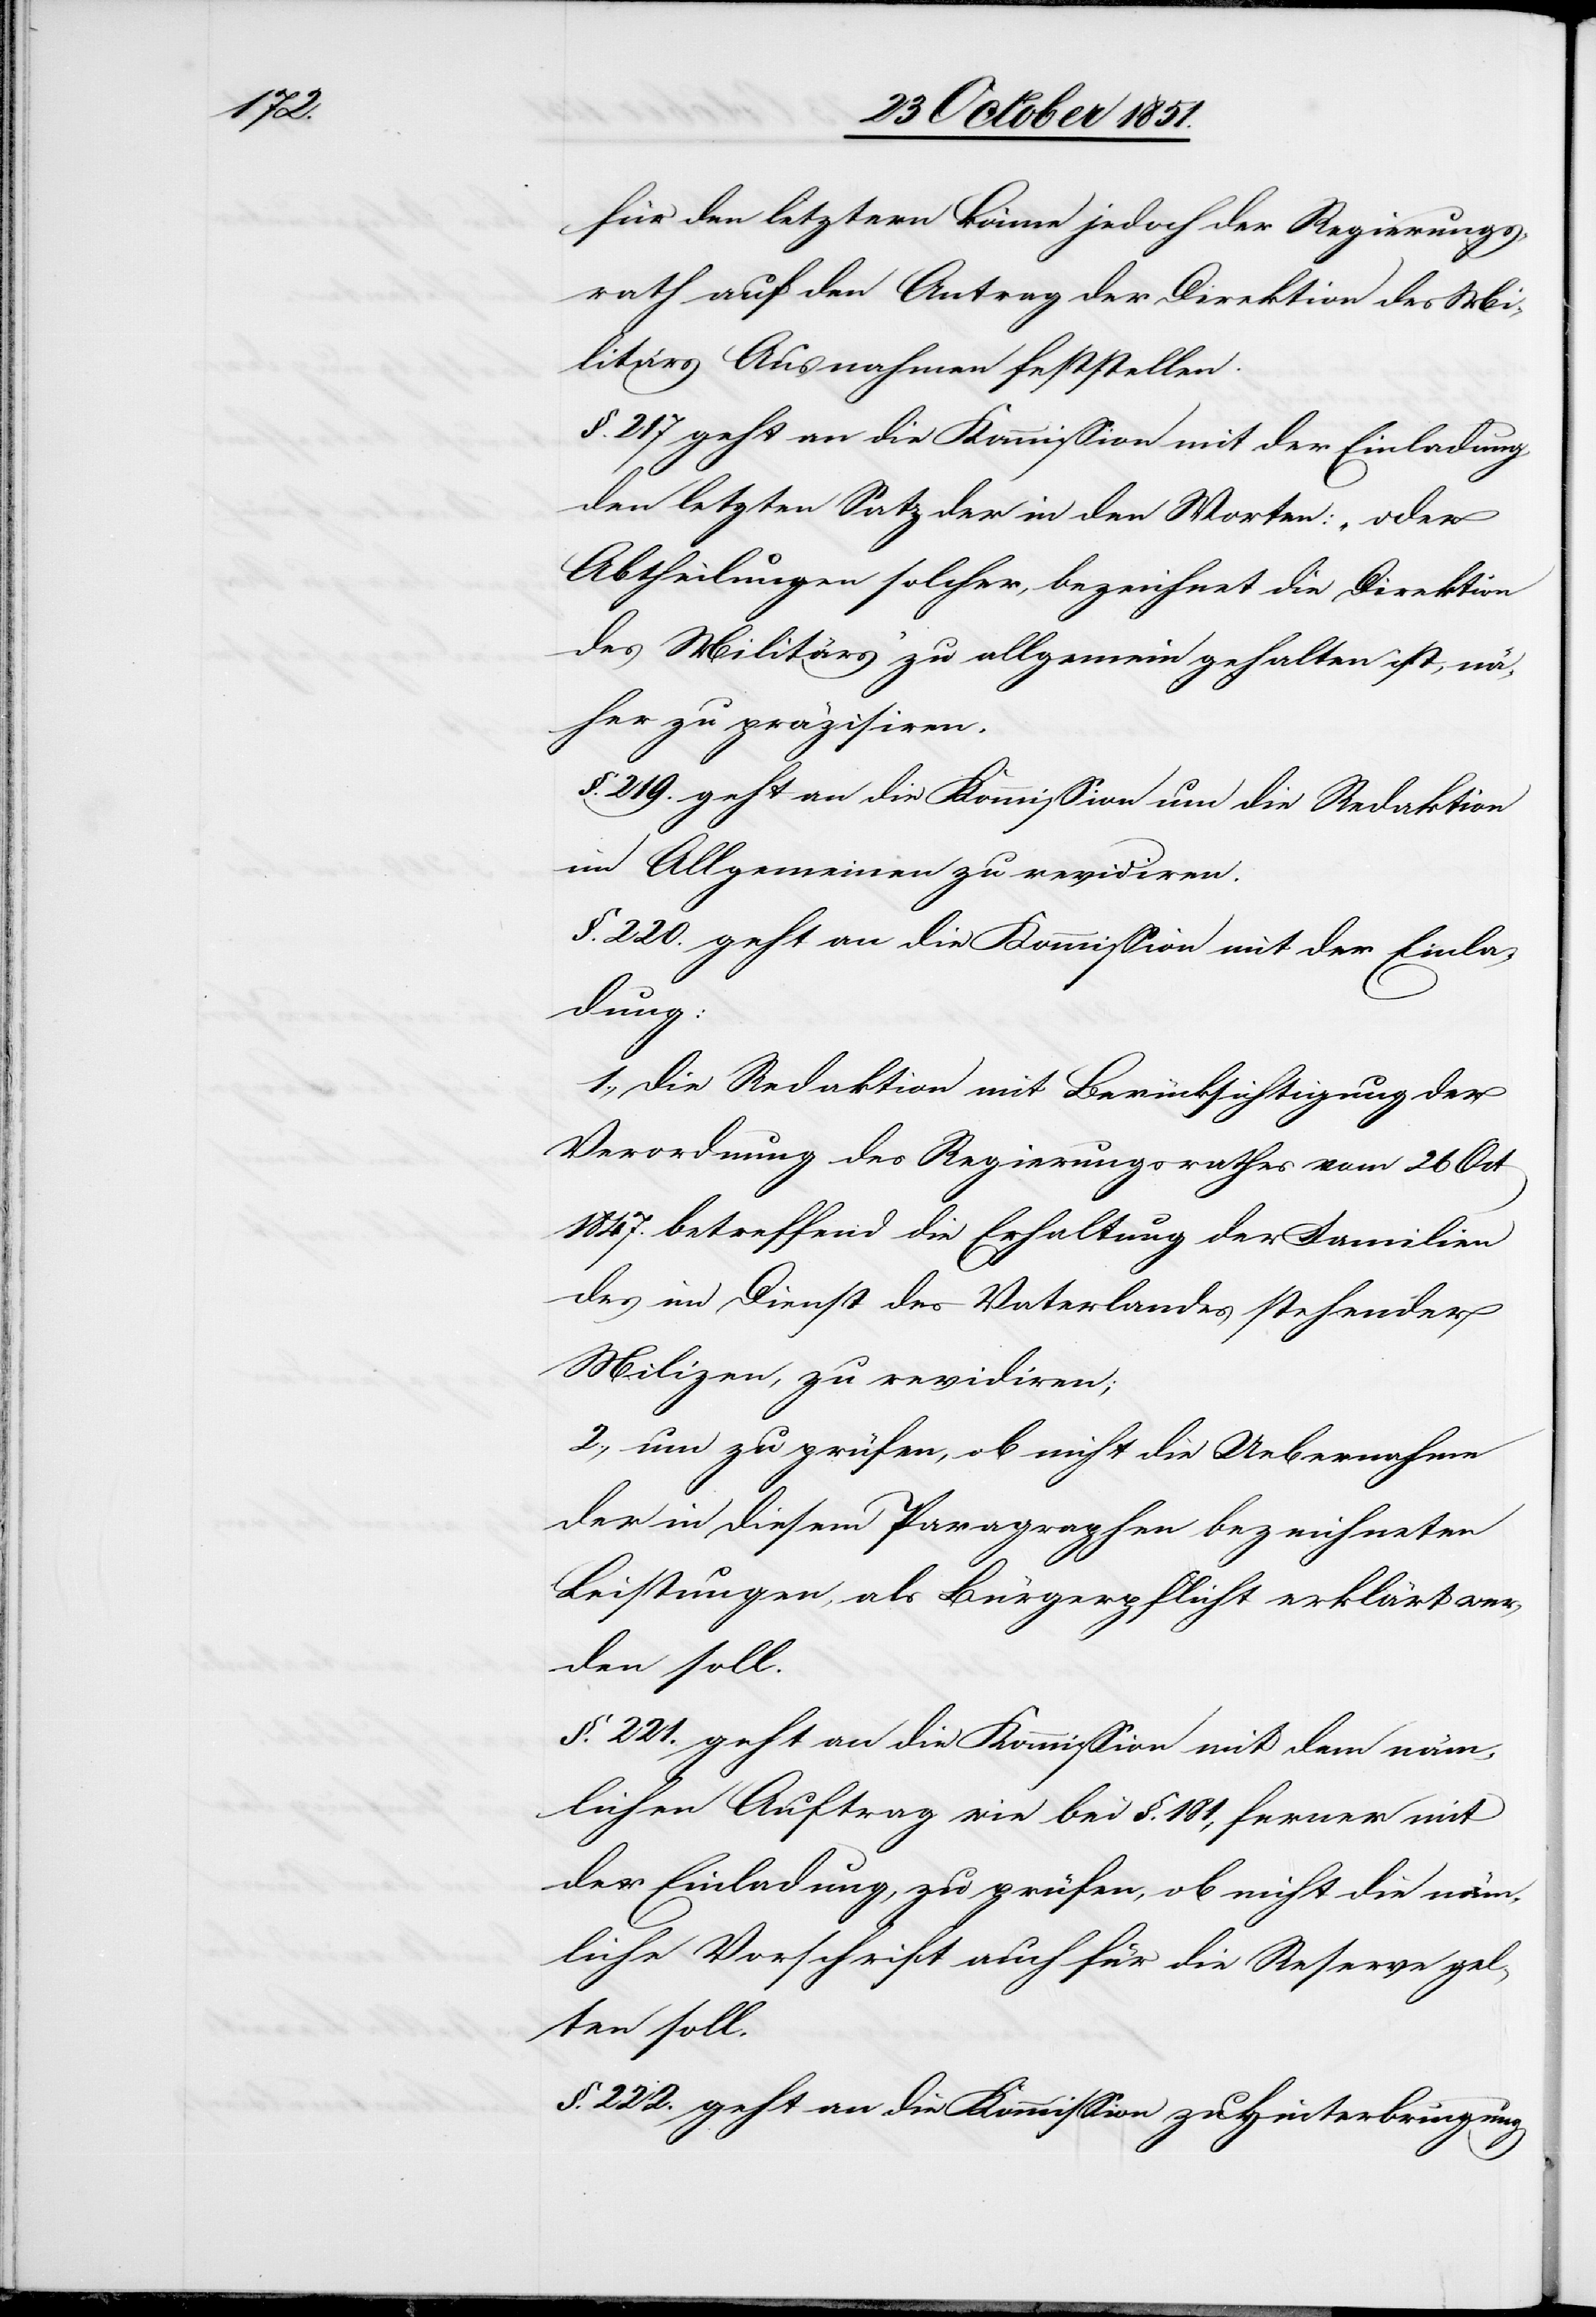
für den letztern könne jedoch der Regierungs¬
rath auf den Antrag der Direktion des Mi¬
litärs Ausnahmen feststellen.
§. 217 geht an die Kommission mit der Einladung
den letzten Satz der in den Worten: „oder
Abtheilungen solcher, bezeichnet die Direktion
des Militärs“ zu allgemein gehalten ist, nä¬
her zu präzisiren.
§. 219. geht an die Kommission um die Redaktion
im Allgemeinen zu revidiren.
§. 220. geht an die Kommission mit der Einla¬
dung:
1., die Redaktion mit Berücksichtigung der
Verordnung des Regierungsrathes vom 26 Oct
1847. betreffend die Erhaltung der Familien
der] im Dienst des Vaterlandes stehender
Milizen, zu revidiren;
2., um zu prüfen, ob nicht die Uebernahme
der in diesem Paragraphen bezeichneten
Leistungen, als Bürgerpflicht erklärt wer¬
den soll.
§. 221. geht an die Kommission mit dem näm¬
lichen Auftrag wie bei §. 181, ferner mit
der Einladung, zu prüfen, ob nicht die näm¬
liche Vorschrift auch für die Reserve gel¬
ten soll.
§. 222. geht an die Kommission zu Hinterbringung